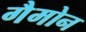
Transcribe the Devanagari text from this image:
गैमोन